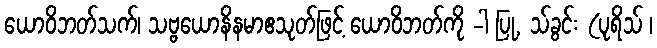
ယောဝိဘတ်သက်၊ သဗ္ဗယောနိနမာဧသုတ်ဖြင့် ယောဝိဘတ်ကို -ါ ပြု, သ်ခွင်း (ပုရိသ် ၊